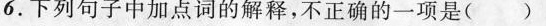
6.下列句子加点词的解释，不正确的一项是（ ）